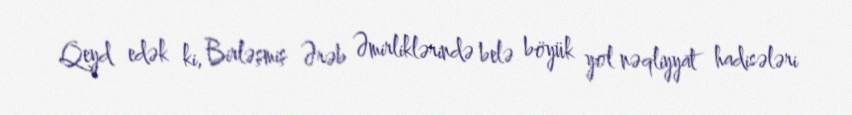
Qeyd edək ki, Birləşmiş Ərəb Əmirliklərində belə böyük yol nəqliyyat hadisələri